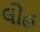
લોહ